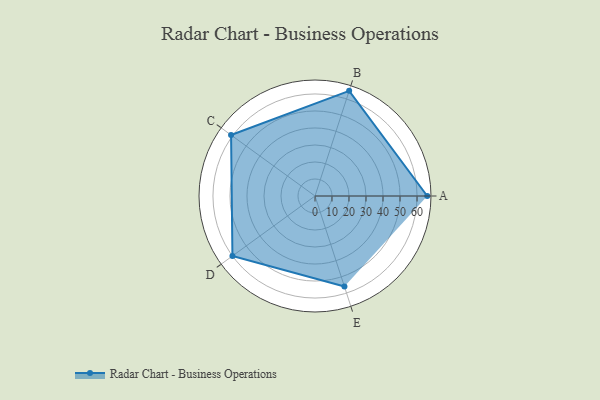
{"axis": {"x": "Skill", "y": "Score"}, "legend": ["Profile"], "data": [{"x": "A", "y": 66.0, "type": "Profile"}, {"x": "B", "y": 65.0, "type": "Profile"}, {"x": "C", "y": 61.0, "type": "Profile"}, {"x": "D", "y": 60.0, "type": "Profile"}, {"x": "E", "y": 56.0, "type": "Profile"}]}